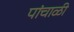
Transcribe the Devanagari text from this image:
पांचाळी